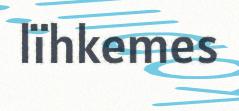
lïhkemes